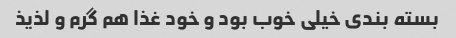
بسته بندی خیلی خوب بود و خود غذا هم گرم و لذیذ